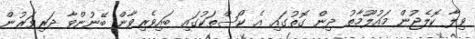
ވިލާ ކޮލެޖުން މައުލޫމާތު ދިން ގޮތުގައި އެ ކޯސްތަކުގައި ބައިވެރިވާން ބޭނުންވާ ދަރިވަރުން